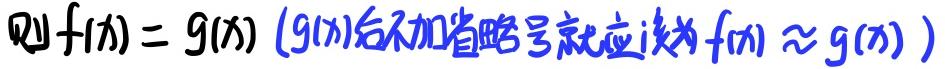
则$f(x)=g(x)\ (g(x)后不加省略号就应该为f(x)\approx g(x))$